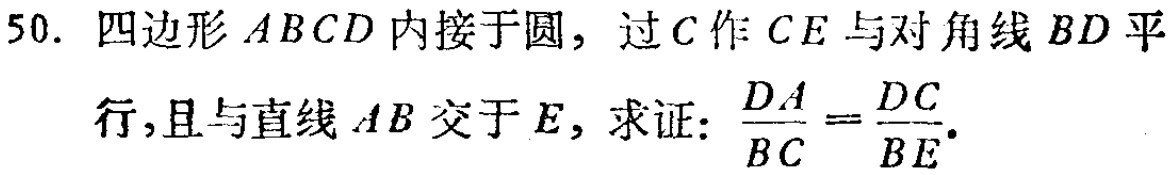
50. 四边形 \(ABCD\) 内接于圆，过 \(C\) 作 \(CE\) 与对角线 \(BD\) 平
行，且与直线 \(AB\) 交于 \(E\)，求证：\(\frac{DA}{BC}=\frac{DC}{BE}\).